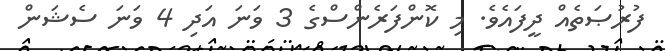
ފުރުޞަތެއް ދީފައެވެ. މި ކޮންފަރެންސްގެ 3 ވަނަ އަދި 4 ވަނަ ސެޝަން